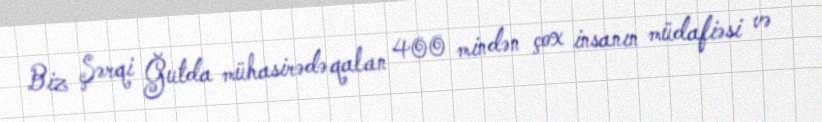
Biz Şərqi Ğutda mühasirədə qalan 400 mindən çox insanın müdafiəsi və